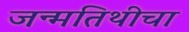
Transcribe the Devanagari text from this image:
जन्मतिथीचा